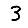
Digit: 3